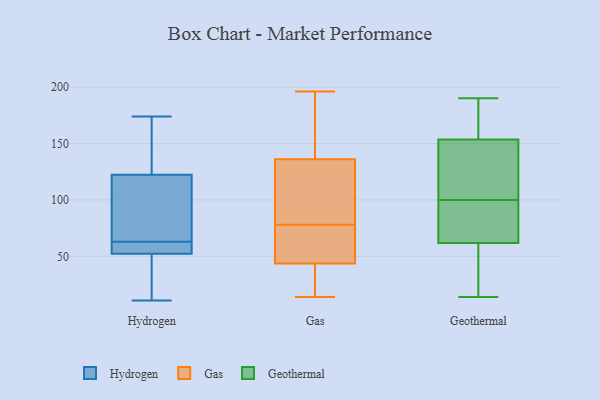
{"axis": {"x": "Tickets Resolved", "y": "Value"}, "legend": ["Gas", "Geothermal", "Hydrogen"], "data": [{"x": "", "y": 171, "type": "Hydrogen"}, {"x": "", "y": 50, "type": "Hydrogen"}, {"x": "", "y": 62, "type": "Hydrogen"}, {"x": "", "y": 53, "type": "Hydrogen"}, {"x": "", "y": 17, "type": "Hydrogen"}, {"x": "", "y": 174, "type": "Hydrogen"}, {"x": "", "y": 11, "type": "Hydrogen"}, {"x": "", "y": 63, "type": "Hydrogen"}, {"x": "", "y": 100, "type": "Hydrogen"}, {"x": "", "y": 118, "type": "Hydrogen"}, {"x": "", "y": 61, "type": "Hydrogen"}, {"x": "", "y": 114, "type": "Hydrogen"}, {"x": "", "y": 135, "type": "Hydrogen"}, {"x": "", "y": 70, "type": "Gas"}, {"x": "", "y": 47, "type": "Gas"}, {"x": "", "y": 125, "type": "Gas"}, {"x": "", "y": 63, "type": "Gas"}, {"x": "", "y": 34, "type": "Gas"}, {"x": "", "y": 172, "type": "Gas"}, {"x": "", "y": 104, "type": "Gas"}, {"x": "", "y": 169, "type": "Gas"}, {"x": "", "y": 106, "type": "Gas"}, {"x": "", "y": 78, "type": "Gas"}, {"x": "", "y": 14, "type": "Gas"}, {"x": "", "y": 196, "type": "Gas"}, {"x": "", "y": 32, "type": "Gas"}, {"x": "", "y": 14, "type": "Geothermal"}, {"x": "", "y": 140, "type": "Geothermal"}, {"x": "", "y": 112, "type": "Geothermal"}, {"x": "", "y": 24, "type": "Geothermal"}, {"x": "", "y": 169, "type": "Geothermal"}, {"x": "", "y": 157, "type": "Geothermal"}, {"x": "", "y": 190, "type": "Geothermal"}, {"x": "", "y": 67, "type": "Geothermal"}, {"x": "", "y": 143, "type": "Geothermal"}, {"x": "", "y": 25, "type": "Geothermal"}, {"x": "", "y": 100, "type": "Geothermal"}, {"x": "", "y": 93, "type": "Geothermal"}, {"x": "", "y": 48, "type": "Geothermal"}, {"x": "", "y": 142, "type": "Geothermal"}, {"x": "", "y": 162, "type": "Geothermal"}, {"x": "", "y": 188, "type": "Geothermal"}, {"x": "", "y": 60, "type": "Geothermal"}, {"x": "", "y": 89, "type": "Geothermal"}, {"x": "", "y": 81, "type": "Geothermal"}]}